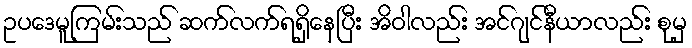
ဥပဒေမူကြမ်းသည် ဆက်လက်ရရှိနေပြီး အိဝါလည်း အင်ဂျင်နီယာလည်း စုမှ